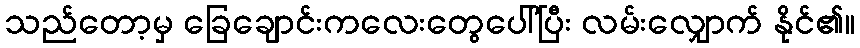
သည်တော့မှ ခြေချောင်းကလေးတွေပေါ်ပြီး လမ်းလျှောက် နိုင်၏။